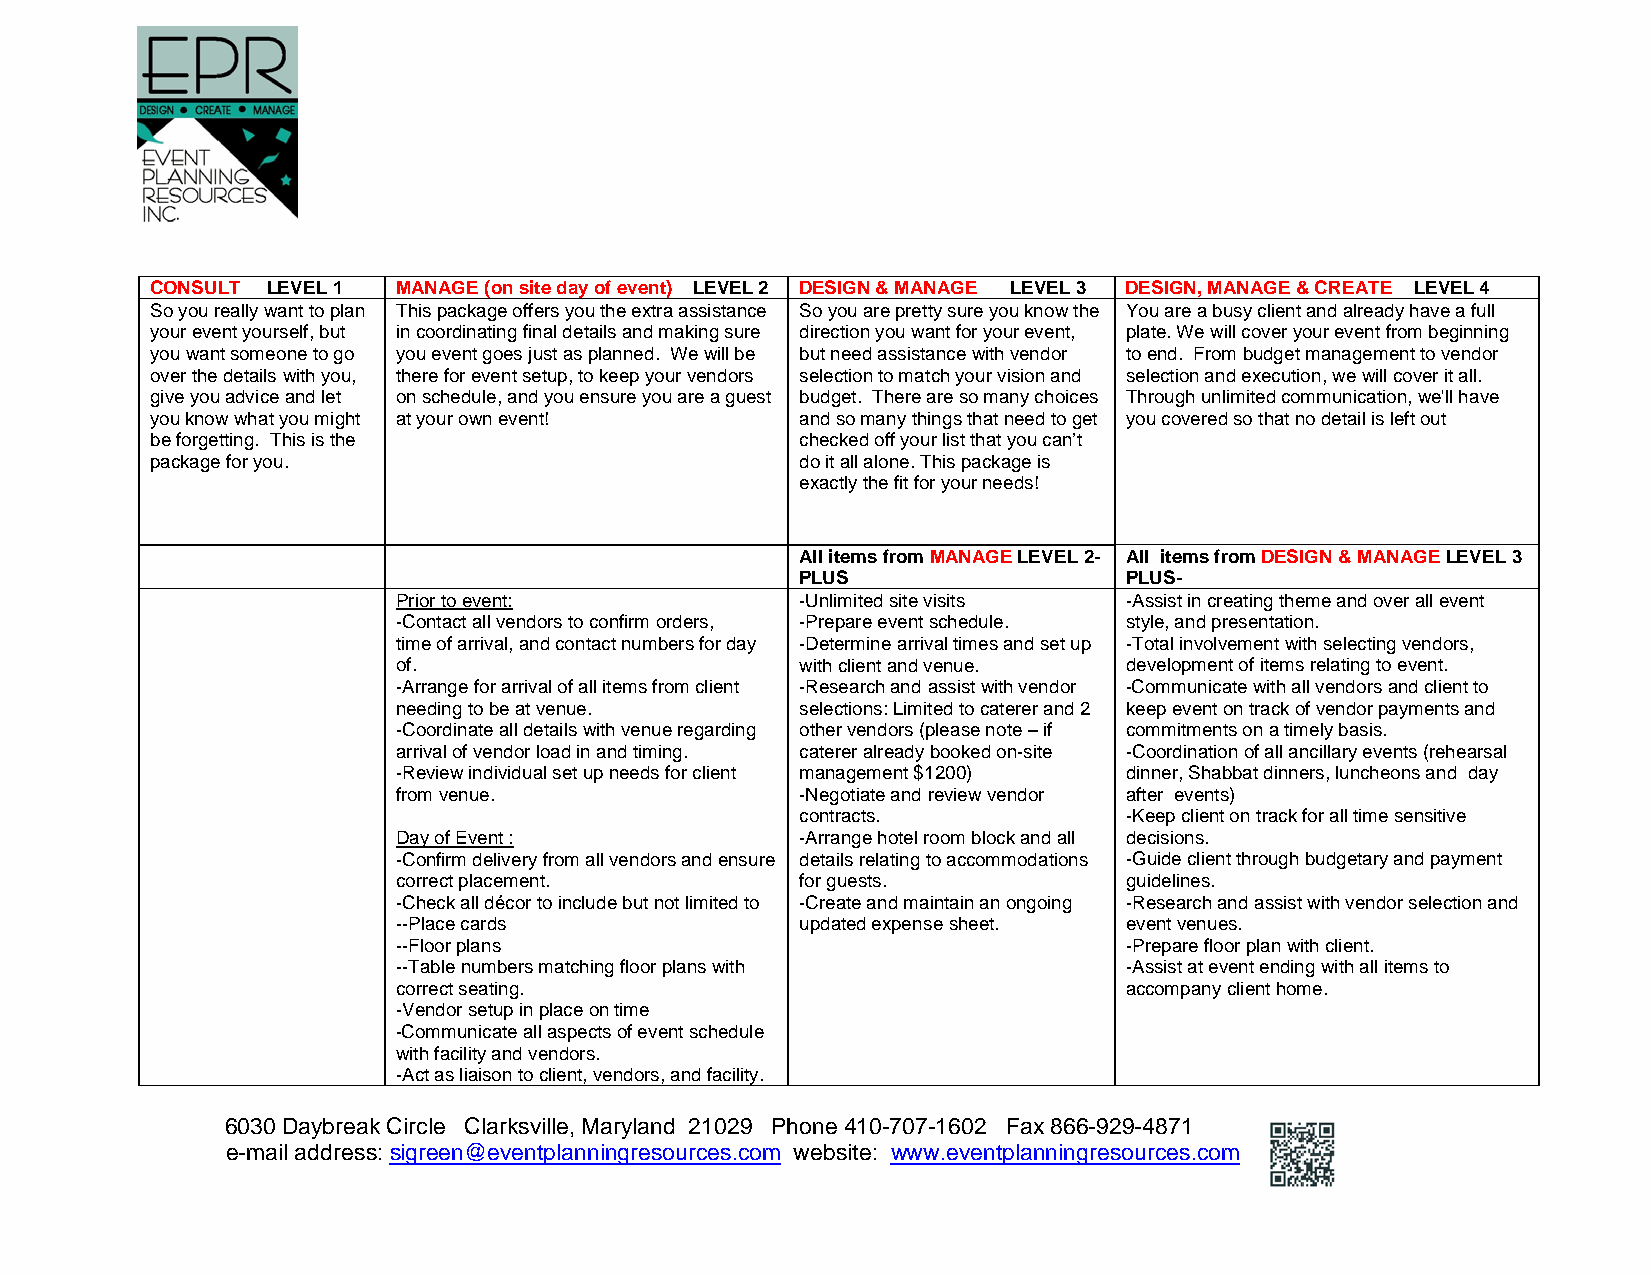
CONSULT LEVEL 1 MANAGE (on site day of event) LEVEL 2 DESIGN & MANAGE LEVEL 3 DESIGN, MANAGE & CREATE LEVEL 4
 So you really want to plan This package offers you the extra assistance So you are pretty sure you know the You are a busy client and already have a full
 your event yourself, but in coordinating final details and making sure direction you want for your event, plate. We will cover your event from beginning
 you want someone to go you event goes just as planned. We will be but need assistance with vendor to end. From budget management to vendor
 over the details with you, there for event setup, to keep your vendors selection to match your vision and selection and execution, we will cover it all.
 give you advice and let on schedule, and you ensure you are a guest budget. There are so many choices Through unlimited communication, we'll have
 you know what you might at your own event! and so many things that need to get you covered so that no detail is left out
 be forgetting. This is the                 checked off your list that you can’t
 package for you.                           do it all alone. This package is
 exactly the fit for your needs!
 All items from MANAGE LEVEL 2- All items from DESIGN & MANAGE LEVEL 3
 PLUS                 PLUS-
 Prior to event:            -Unlimited site visits -Assist in creating theme and over all event
 -Contact all vendors to confirm orders, -Prepare event schedule. style, and presentation.
 time of arrival, and contact numbers for day -Determine arrival times and set up -Total involvement with selecting vendors,
 of.                        with client and venue. development of items relating to event.
 -Arrange for arrival of all items from client -Research and assist with vendor -Communicate with all vendors and client to
 needing to be at venue.    selections: Limited to caterer and 2 keep event on track of vendor payments and
 -Coordinate all details with venue regarding other vendors (please note – if commitments on a timely basis.
 arrival of vendor load in and timing. caterer already booked on-site -Coordination of all ancillary events (rehearsal
 -Review individual set up needs for client management $1200) dinner, Shabbat dinners, luncheons and day
 from venue.                -Negotiate and review vendor after events)
 contracts.           -Keep client on track for all time sensitive
 Day of Event :             -Arrange hotel room block and all decisions.
 -Confirm delivery from all vendors and ensure details relating to accommodations -Guide client through budgetary and payment
 correct placement.         for guests.          guidelines.
 -Check all décor to include but not limited to -Create and maintain an ongoing -Research and assist with vendor selection and
 --Place cards              updated expense sheet. event venues.
 --Floor plans                                   -Prepare floor plan with client.
 --Table numbers matching floor plans with       -Assist at event ending with all items to
 correct seating.                                accompany client home.
 -Vendor setup in place on time
 -Communicate all aspects of event schedule
 with facility and vendors.
 -Act as liaison to client, vendors, and facility.
 6030 Daybreak Circle Clarksville, Maryland 21029 Phone 410-707-1602 Fax 866-929-4871
 e-mail address: sigreen@eventplanningresources.com website: www.eventplanningresources.com